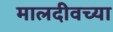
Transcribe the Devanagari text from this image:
मालदीवच्या